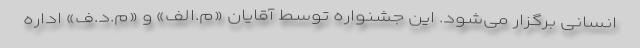
انسانی برگزار می‌شود. این جشنواره توسط آقایان «م.الف» و «م.د.ف» اداره